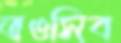
তওসিব